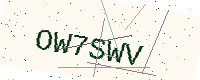
Text: OW7SWV